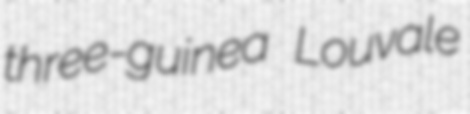
three-guinea Louvale